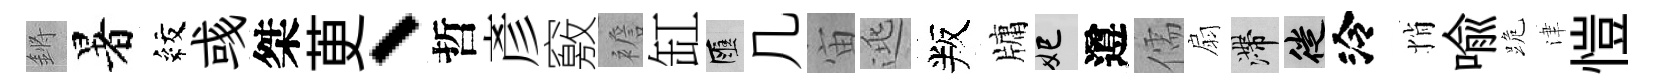
鏘暑紋彧桀茰、哲彥竅襜缸匯几宙逃叛牗妃遵儒扇滯徙泠悄喻跪津愷